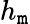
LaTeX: h_{\mathtt{m}}